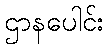
ဌာနပေါင်း